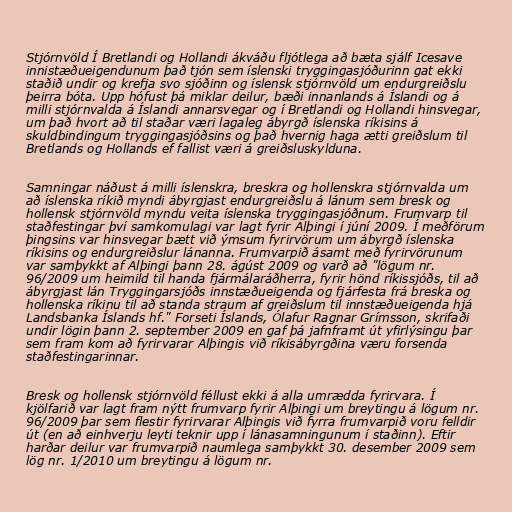
Stjórnvöld Í Bretlandi og Hollandi ákváðu fljótlega að bæta sjálf Icesave
innistæðueigendunum það tjón sem íslenski tryggingasjóðurinn gat ekki
staðið undir og krefja svo sjóðinn og íslensk stjórnvöld um endurgreiðslu
þeirra bóta. Upp hófust þá miklar deilur, bæði innanlands á Íslandi og á
milli stjórnvalda á Íslandi annarsvegar og í Bretlandi og Hollandi hinsvegar,
um það hvort að til staðar væri lagaleg ábyrgð íslenska ríkisins á
skuldbindingum tryggingasjóðsins og það hvernig haga ætti greiðslum til
Bretlands og Hollands ef fallist væri á greiðsluskylduna.

Samningar náðust á milli íslenskra, breskra og hollenskra stjórnvalda um
að íslenska ríkið myndi ábyrgjast endurgreiðslu á lánum sem bresk og
hollensk stjórnvöld myndu veita íslenska tryggingasjóðnum. Frumvarp til
staðfestingar því samkomulagi var lagt fyrir Alþingi í júní 2009. Í meðförum
þingsins var hinsvegar bætt við ýmsum fyrirvörum um ábyrgð íslenska
ríkisins og endurgreiðslur lánanna. Frumvarpið ásamt með fyrirvörunum
var samþykkt af Alþingi þann 28. ágúst 2009 og varð að "lögum nr.
96/2009 um heimild til handa fjármálaráðherra, fyrir hönd ríkissjóðs, til að
ábyrgjast lán Tryggingarsjóðs innstæðueigenda og fjárfesta frá breska og
hollenska ríkinu til að standa straum af greiðslum til innstæðueigenda hjá
Landsbanka Íslands hf." Forseti Íslands, Ólafur Ragnar Grímsson, skrifaði
undir lögin þann 2. september 2009 en gaf þá jafnframt út yfirlýsingu þar
sem fram kom að fyrirvarar Alþingis við ríkisábyrgðina væru forsenda
staðfestingarinnar.

Bresk og hollensk stjórnvöld féllust ekki á alla umrædda fyrirvara. Í
kjölfarið var lagt fram nýtt frumvarp fyrir Alþingi um breytingu á lögum nr.
96/2009 þar sem flestir fyrirvarar Alþingis við fyrra frumvarpið voru felldir
út (en að einhverju leyti teknir upp í lánasamningunum í staðinn). Eftir
harðar deilur var frumvarpið naumlega samþykkt 30. desember 2009 sem
lög nr. 1/2010 um breytingu á lögum nr.